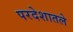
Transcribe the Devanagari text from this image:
परदेशातले